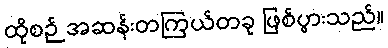
ထိုစဉ် အဆန်းတကြယ်တခု ဖြစ်ပွားသည်။